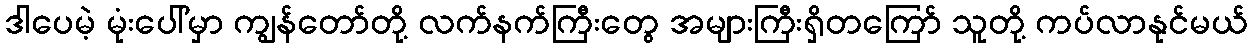
ဒါပေမဲ့ မုံးပေါ်မှာ ကျွန်တော်တို့ လက်နက်ကြီးတွေ အများကြီးရှိတကြော် သူတို့ ကပ်လာနုင်မယ်